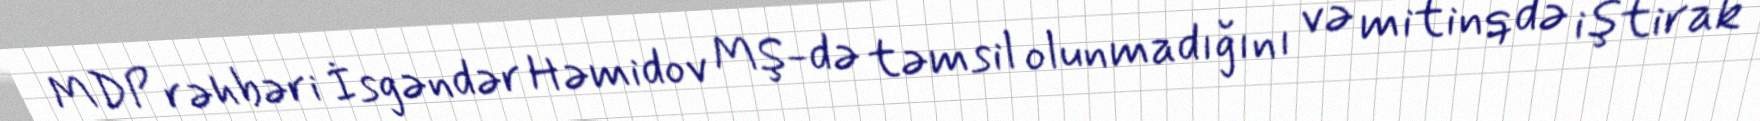
MDP rəhbəri İsgəndər Həmidov MŞ-də təmsil olunmadığını və mitinqdə iştirak